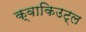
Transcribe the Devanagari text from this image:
क्वाकिउट्ल